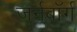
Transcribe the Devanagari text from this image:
जर्नबॉर्ग